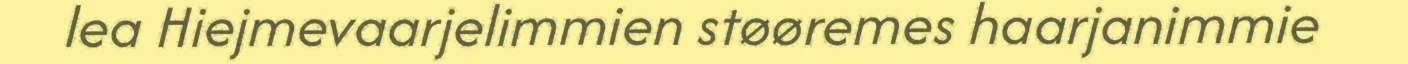
lea Hiejmevaarjelimmien støøremes haarjanimmie